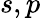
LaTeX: s,p